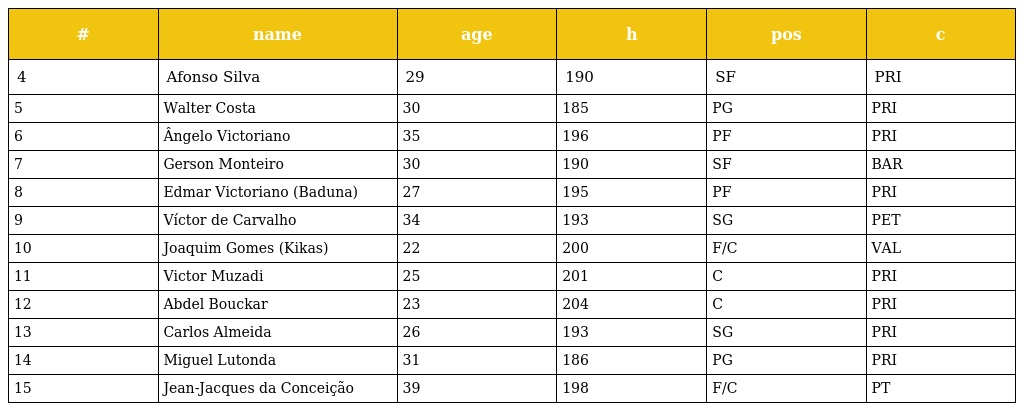
| # | name | age | h | pos | c |
 | --- | --- | --- | --- | --- | --- |
 | 4 | Afonso Silva | 29 | 190 | SF | PRI |
 | 5 | Walter Costa | 30 | 185 | PG | PRI |
 | 6 | Ângelo Victoriano | 35 | 196 | PF | PRI |
 | 7 | Gerson Monteiro | 30 | 190 | SF | BAR |
 | 8 | Edmar Victoriano (Baduna) | 27 | 195 | PF | PRI |
 | 9 | Víctor de Carvalho | 34 | 193 | SG | PET |
 | 10 | Joaquim Gomes (Kikas) | 22 | 200 | F/C | VAL |
 | 11 | Victor Muzadi | 25 | 201 | C | PRI |
 | 12 | Abdel Bouckar | 23 | 204 | C | PRI |
 | 13 | Carlos Almeida | 26 | 193 | SG | PRI |
 | 14 | Miguel Lutonda | 31 | 186 | PG | PRI |
 | 15 | Jean-Jacques da Conceição | 39 | 198 | F/C | PT |